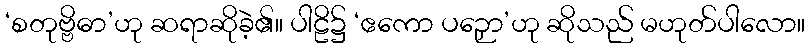
‘စတုဗ္ဗိဓာ’ဟု ဆရာဆိုခဲ့၏။ ပါဠိ၌ ‘ဧကော ပဉှော’ဟု ဆိုသည် မဟုတ်ပါလော။